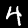
Digit: 4